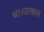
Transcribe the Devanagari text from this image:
था।उत्कल